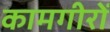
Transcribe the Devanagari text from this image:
कामगीरों